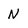
Character: N